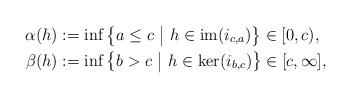
LaTeX: \begin{align*} \alpha(h)&:=\inf\big\{a\leq c\ \big|\ h\in\textrm{im}(i_{c,a})\big\}\in[0,c),\\ \beta(h)&:=\inf\big\{b>c\ \big|\ h\in\ker(i_{b,c})\big\}\in[c,\infty],\end{align*}